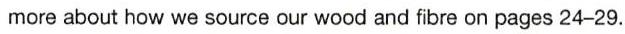
more about how we source our wood and fibre on pages 24−29.